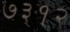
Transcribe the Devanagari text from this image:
७३१२